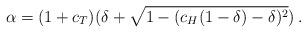
LaTeX: \begin{align*} \alpha = (1 + c_T) (\delta + \sqrt{1 - (c_H (1-\delta) - \delta)^2}) \, .\end{align*}